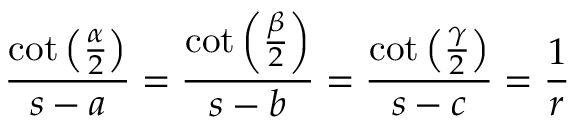
{ \frac { \cot \left( { \frac { \alpha } { 2 } } \right) } { s - a } } = { \frac { \cot \left( { \frac { \beta } { 2 } } \right) } { s - b } } = { \frac { \cot \left( { \frac { \gamma } { 2 } } \right) } { s - c } } = { \frac { 1 } { r } }